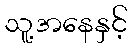
သူ့အနေနှင့်